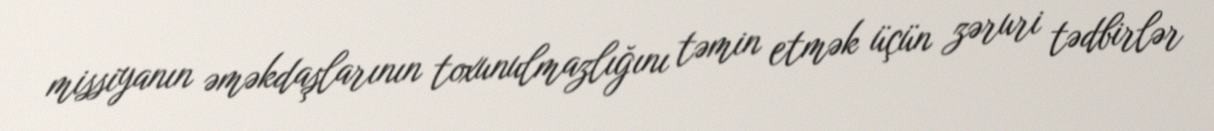
missiyanın əməkdaşlarının toxunulmazlığını təmin etmək üçün zəruri tədbirlər